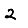
Digit: 2